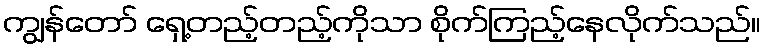
ကျွန်တော် ရှေ့တည့်တည့်ကိုသာ စိုက်ကြည့်နေလိုက်သည်။